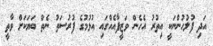
އަދި ފުލުހުންނަކީ އިތުރު އެހެން ވަޒީފާއެއްގައި އުޅުމުގެ ފުރުސަތު ނެތް ބަޔަކަށް ވާތީ